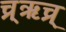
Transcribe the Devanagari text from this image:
च्र्ॠच्र्